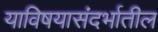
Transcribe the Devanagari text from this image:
याविषयासंदर्भातील